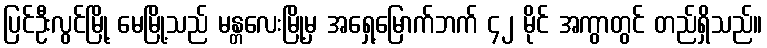
ပြင်ဦးလွင်မြို့ မေမြို့သည် မန္တလေးမြို့မှ အရှေ့မြောက်ဘက် ၄၂ မိုင် အကွာတွင် တည်ရှိသည်။